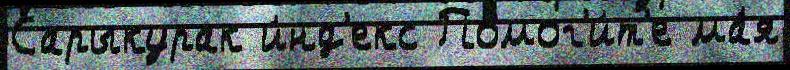
Сарыкурак и́нд'екс Помог'и́т'е ма́я